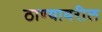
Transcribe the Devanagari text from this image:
ठाण्यावरील